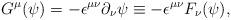
LaTeX: \begin{align*}G^{\mu}(\psi)=-{\epsilon}^{{\mu}{\nu}}{\partial}_{\nu}{\psi}\equiv-{\epsilon}^{{\mu}{\nu}}F_{\nu}(\psi),\end{align*}